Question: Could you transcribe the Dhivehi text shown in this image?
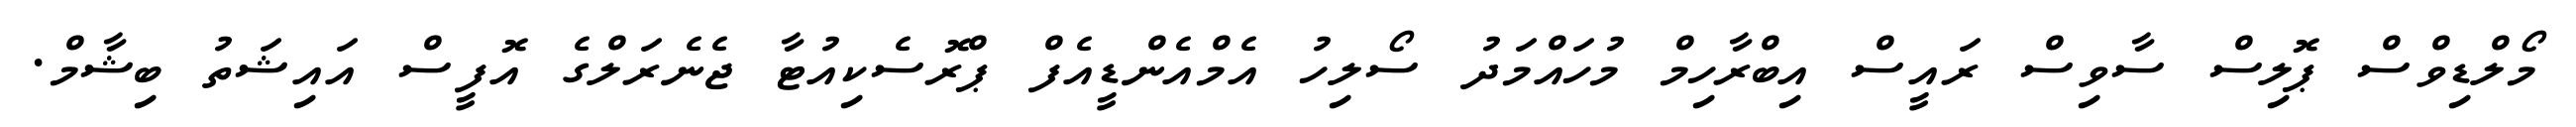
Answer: މޯލްޑިވްސް ޕޮލިސް ސާވިސް ރައީސް އިބްރާހިމް މުހައްމަދު ސޯލިހު އެމްއެންޑީއެފް ޕްރޮސެކިއުޓާ ޖެނެރަލްގެ އޮފީސް އައިޝަތު ބިޝާމް.